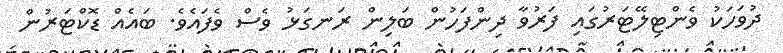
ދުވަހަކު ވެންޓިލޭޓަރުގައި ފަރުވާ ދިންފަހުން ބަލިން ރަނގަޅު ވެސް ވެފައެވެ. ބައެއް ޑޮކްޓަރުން